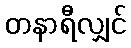
တနာရီလျှင်